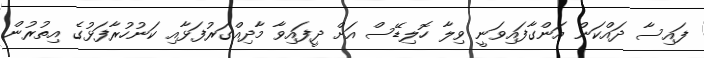
ފައިސާ ދައްކަން އަންގާފައިވަނީ ވިލާ ހޮލިޑޭސް އަށް ދީފައިވާ މާދިއްގަރުފަޅާއި ކަނުހުރާފަޅުގެ އިތުރުން